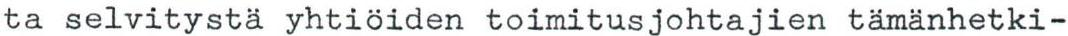
ta selvitystä yhtiöiden toimitusjohtajien tämänhetki-